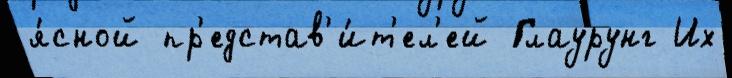
я́сной пр'едстав'и́т'ел'ей Глаурунг Их